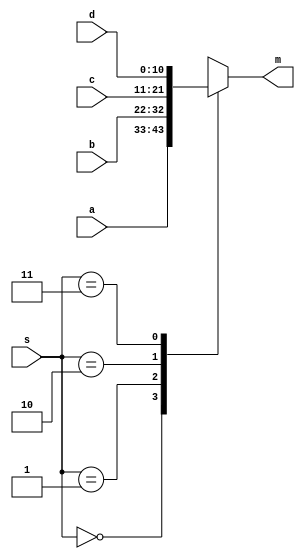
`timescale 1ns/1ns

module mux4to1(a, b, c, d, s, m);
    input [10:0] a,b,c,d;
    input [1:0] s;
    output reg [10:0] m;
    always @ (*)
		case(s)
			2'b00: m = a;
			2'b01: m = b;
			2'b10: m = c;
			2'b11: m = d;
		endcase
endmodule
 
module RateDivider(ClockIn, Reset, Speed, enableOut);
    input ClockIn, Reset;
	input [1:0] Speed;
	wire [10:0] data;
    reg [10:0] Q;
    output enableOut;
	 
	mux4to1 mux(11'b0, 11'b00111110011, 11'b01111100111, 11'b11111001111, Speed, data);
	 
    always @ (posedge ClockIn)
		begin
			if(Reset == 1'b1)
				Q <= 11'b0;
			else if(Q == 11'b0)
				Q <= data;			// Loads new frequency
			else
				Q <= Q - 1'b1;
		end
    assign enableOut = (Q == 11'b0) ? 1'b1 : 1'b0;
	 
endmodule

module part2(ClockIn, Reset, Speed,  CounterValue);
    input ClockIn, Reset;
	input [1:0] Speed;
    output reg [3:0] CounterValue;
	wire EnableDC;
	 
	RateDivider rd(ClockIn, Reset, Speed, EnableDC);
	 
    always @ (posedge ClockIn)
        if(Reset == 1'b1)
            CounterValue <= 4'b0;
        else if(EnableDC == 1'b1)
            if (CounterValue == 4'b1111)
               CounterValue <= 4'b0;
			else
				CounterValue <= CounterValue + 1'b1;
endmodule